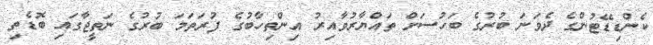
ކެންޑިޑޭޓުންގެ ދެވަނަ ބުރުގެ ބަހުސަށް ތައްޔާރުވާއިރު އިންތިހާބުގެ ފުރަތަމަ ބުރުގެ ނަތީޖާގައި ބޮޑެތި